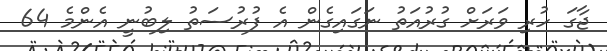
ޖާގަ ހުރި ވަރަށް ގުރުއަތު ނަގައިގެން އެ ފުރުސަތު ލިބުނީ އެންމެ 64